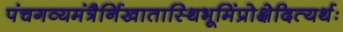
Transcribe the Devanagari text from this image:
पंचगव्यमंत्रैर्निखातास्थिभूमिंप्रोक्षेदित्यर्थः